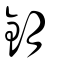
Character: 鈅